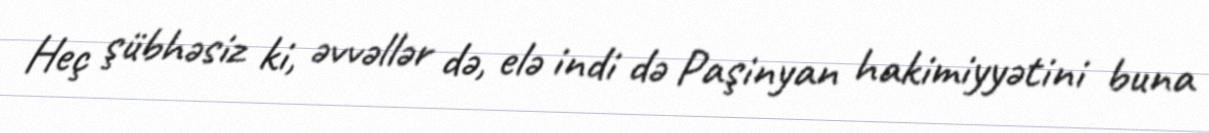
Heç şübhəsiz ki, əvvəllər də, elə indi də Paşinyan hakimiyyətini buna